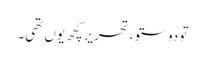
تو دوستو ، تحریرکچھ یوں تھی۔